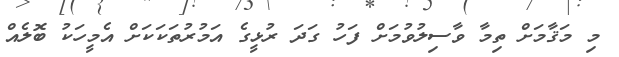
މި މަޤާމަށް ތިމާ ވާސިލުވުމަށް ފަހު ގަދަ ރުޅީގެ އަމުރުތަކަކަށް އެމީހަކު ބޮލެއް